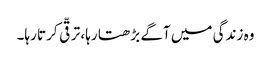
وہ زندگی میں آگے بڑھتا رہا، ترقّی کرتا رہا۔